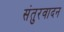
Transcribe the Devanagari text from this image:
संतुरवादन